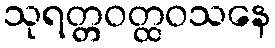
သုရတ္တဝတ္ထဝသနေ